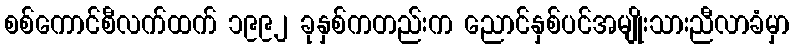
စစ်ကောင်စီလက်ထက် ၁၉၉၂ ခုနှစ်ကတည်းက ညောင်နှစ်ပင်အမျိုးသားညီလာခံမှာ